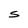
Character: S